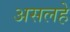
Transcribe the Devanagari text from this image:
असलहे